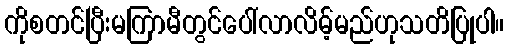
ကိုစတင်ပြီးမကြာမီတွင်ပေါ်လာလိမ့်မည်ဟုသတိပြုပါ။